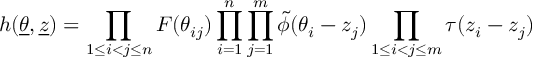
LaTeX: h ( \underline { { { \theta } } } , { \underline { { { z } } } } ) = \prod _ { 1 \le i < j \le n } F ( \theta _ { i j } ) \prod _ { i = 1 } ^ { n } \prod _ { j = 1 } ^ { m } \tilde { \phi } ( \theta _ { i } - z _ { j } ) \prod _ { 1 \le i < j \le m } \tau ( z _ { i } - z _ { j } )